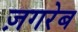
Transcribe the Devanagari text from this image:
ज़गरेब